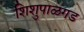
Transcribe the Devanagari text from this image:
शिशुपाळगड